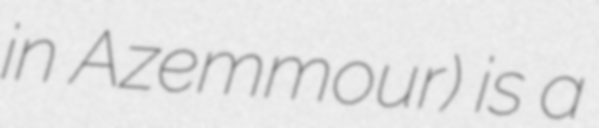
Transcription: in Azemmour) is a